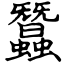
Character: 蠶